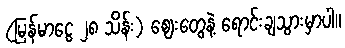
(မြန်မာငွေ ၂၈ သိန်း) ဈေးတွေနဲ့ ရောင်းချသွားမှာပါ။